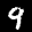
Label: 9